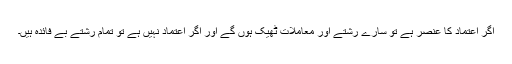
اگر اعتماد کا عنصر ہے تو سارے رشتے اور معاملات ٹھیک ہوں گے اور اگر اعتماد نہیں ہے تو تمام رشتے بے فائدہ ہیں۔